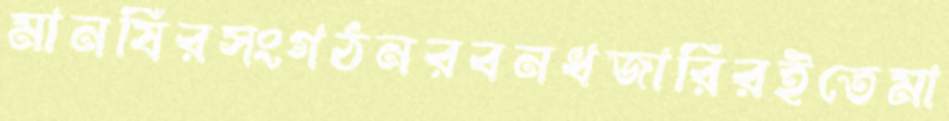
মানষিরসংগঠনরবনধজারিরইতেমা